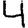
Digit: 4